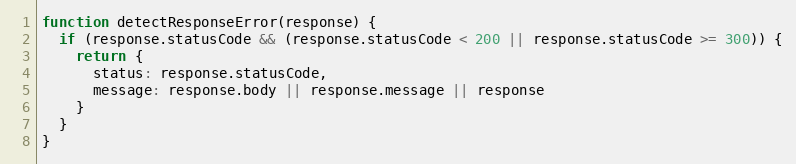
Language: JavaScript
function detectResponseError(response) {
  if (response.statusCode && (response.statusCode < 200 || response.statusCode >= 300)) {
    return {
      status: response.statusCode,
      message: response.body || response.message || response
    }
  }
}